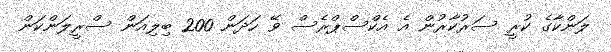
ލަންކާގެ ކުރީ ސަރުކާރުން އެ އެކްސްޕްރެސް ވޭ ހަދަން 200 ބިލިއަން ސްރީލަންކަން